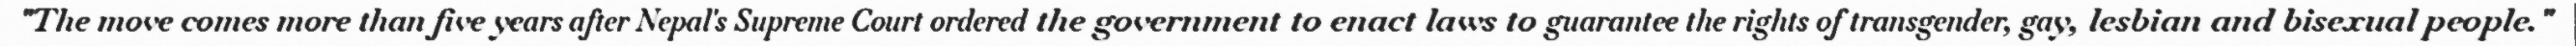
"The move comes more than five years after Nepal's Supreme Court ordered the government to enact laws to guarantee the rights of transgender, gay, lesbian and bisexual people."